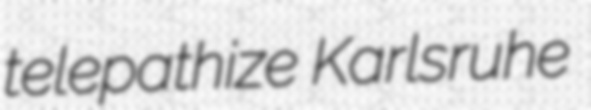
telepathize Karlsruhe